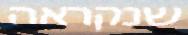
שנקראה